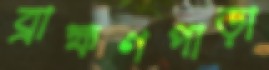
ব্রাহ্মণপাড়া